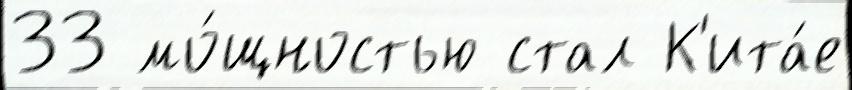
33 мо́щностью стал К'ита́е